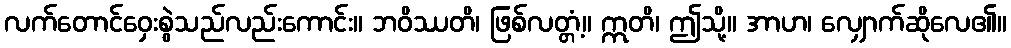
လက်တောင်ဝှေးစွဲသည်လည်းကောင်း။ ဘဝိဿတိ၊ ဖြစ်လတ္တံ့။ ဣတိ၊ ဤသို့။ အာဟ၊ လျှောက်ဆိုလေ၏။